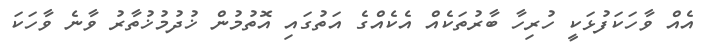
އެއް ވާހަކަފުޅަކީ ހުރިހާ ބާރުތަކެއް އެކެއްގެ އަތުގައި އޮތުމުން ޚުދުމުޚުތާރު ވާނެ ވާހަކަ